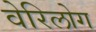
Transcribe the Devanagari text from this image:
वेरिलोग